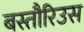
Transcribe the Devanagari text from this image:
बस्तौरिउस